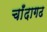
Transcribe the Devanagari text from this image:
चाँदागढ